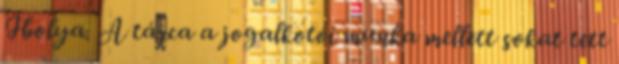
Ibolya. A tárca a jogalkotói munka mellett sokat tett